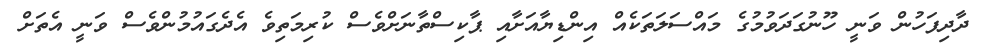
ދާދިފަހުން ވަނީ ހޫނުގަދަވުމުގެ މައްސަލަތަކެއް އިންޑިޔާއަށާއި ޕާކިސްތާނަށްވެސް ކުރިމަތިވެ އެދެގައުމުންވެސް ވަނީ އެތަށް